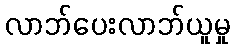
လာဘ်ပေးလာဘ်ယူမှု